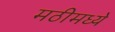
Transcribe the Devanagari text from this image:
मठीमध्ये